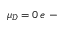
\mu _ { \mathscr D } = 0 \, e \mathrm { ~ - ~ }